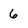
Character: 6